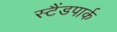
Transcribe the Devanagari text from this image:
स्टैंडपार्क